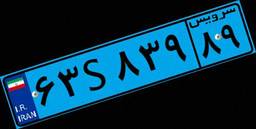
۶۷S۸۶۰۹۴